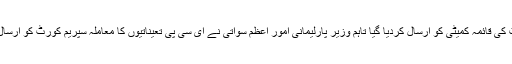
مذکورہ بل کو غور کے لیے سینیٹ کی قائمہ کمیٹی کو ارسال کردیا گیا تاہم وزیر پارلیمانی امور اعظم سواتی نے ای سی پی تعیناتیوں کا معاملہ سپریم کورٹ کو ارسال کرنے کی تجویز کی مخالفت کی۔